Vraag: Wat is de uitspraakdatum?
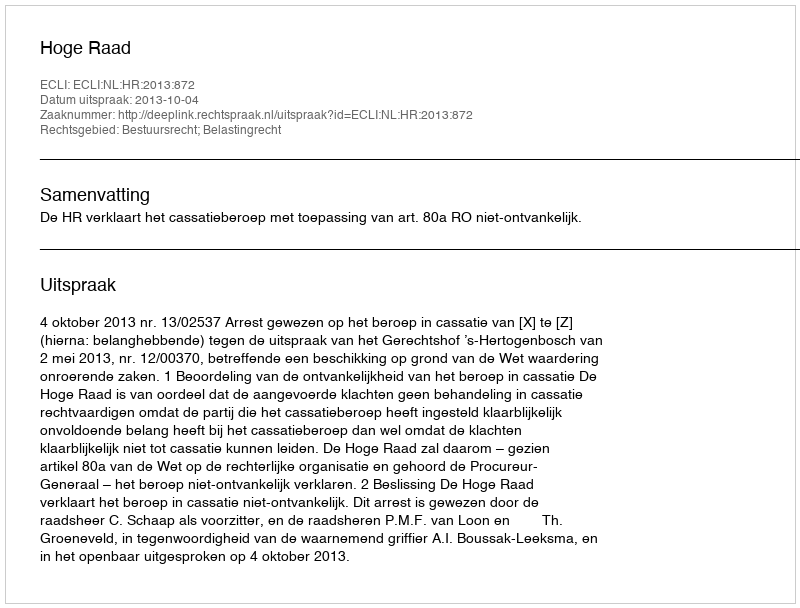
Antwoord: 2013-10-04